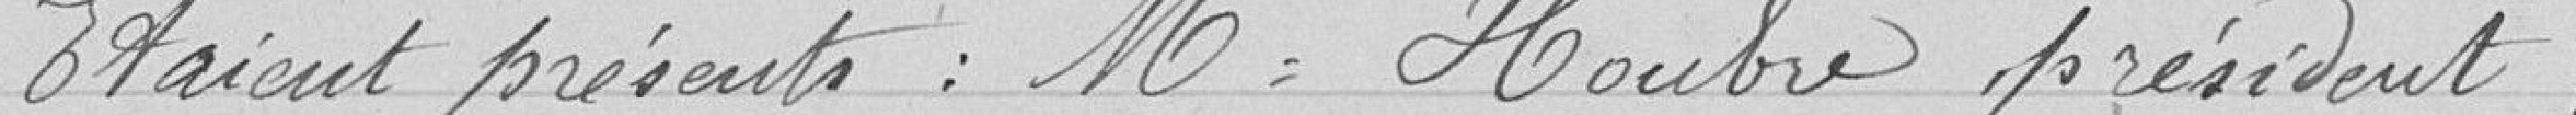
Etaient présents : Mr Houbre président